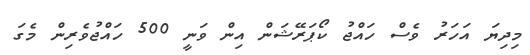
މިދިޔަ އަހަރު ވެސް ހައްޖު ކޯޕަރޭޝަން އިން ވަނީ 500 ހައްޖުވެރިން މެގަ